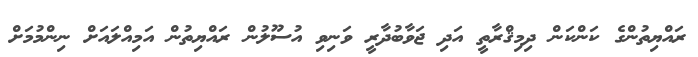
ރައްޔިތުންގެ ކަންކަން ދިމިޤްރާތީ އަދި ޖަވާބުދާރީ ވަނިވި އުސޫލުން ރައްޔިތުން އަމިއްލައަށް ނިންމުމަށް